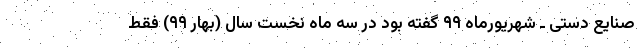
صنایع دستی ـ شهریورماه ۹۹ گفته بود در سه ماه نخست سال (بهار ۹۹) فقط